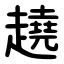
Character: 趬